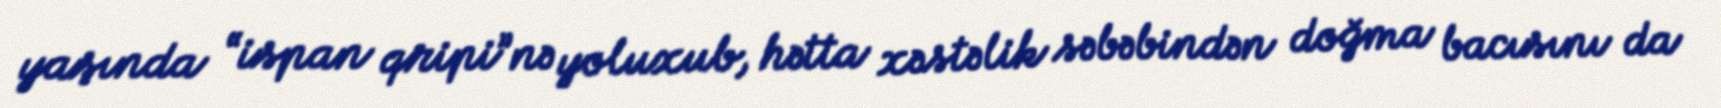
yaşında “ispan qripi”nə yoluxub, hətta xəstəlik səbəbindən doğma bacısını da